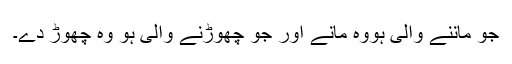
جو ماننے والی ہووہ مانے اور جو چھوڑنے والی ہو وہ چھوڑ دے۔